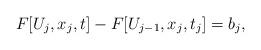
LaTeX: \begin{align*}F[U_j,x_j,t]-F[U_{j-1},x_j,t_j]=b_j,\end{align*}